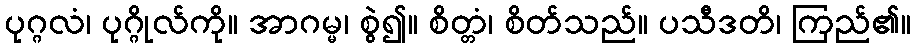
ပုဂ္ဂလံ၊ ပုဂ္ဂိုလ်ကို။ အာဂမ္မ၊ စွဲ၍။ စိတ္တံ၊ စိတ်သည်။ ပသီဒတိ၊ ကြည်၏။